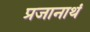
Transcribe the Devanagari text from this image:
प्रजानाथं